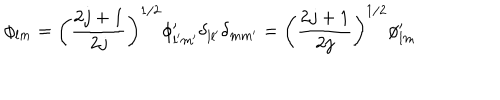
LaTeX: \phi _ { l m } = \left( \frac { 2 j + 1 } { 2 j } \right) ^ { 1 / 2 } \phi _ { l ^ { \prime } m ^ { \prime } } ^ { \prime } \delta _ { l l ^ { \prime } } \delta _ { m m ^ { \prime } } = \left( \frac { 2 j + 1 } { 2 j } \right) ^ { 1 / 2 } \phi _ { l m } ^ { \prime }